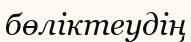
бөліктеудің